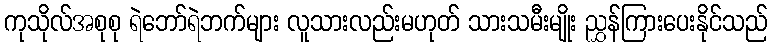
ကုသိုလ်အစုစု ရဲဘော်ရဲဘက်များ လူသားလည်းမဟုတ် သားသမီးမျိုး ညွှန်ကြားပေးနိုင်သည်